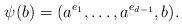
LaTeX: \begin{align*}\psi(b)= (a^{e_1}, \dots, a^{e_{d-1}}, b).\end{align*}